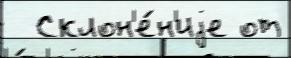
  Склон'е́н'иjе от